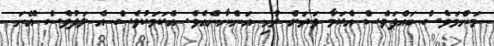
މަންމަވެސް ބައްޕަވެސް އެކަމާ ވަރަށް ރުޅި އަންނާނެއެވެ. އެކަމަކުވެސް އެ ލަދުވެސް އޭނަ